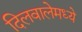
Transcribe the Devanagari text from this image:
दिलवालेमध्ये